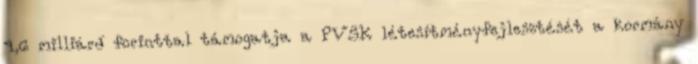
4,6 milliárd forinttal támogatja a PVSK létesítményfejlesztését a kormány